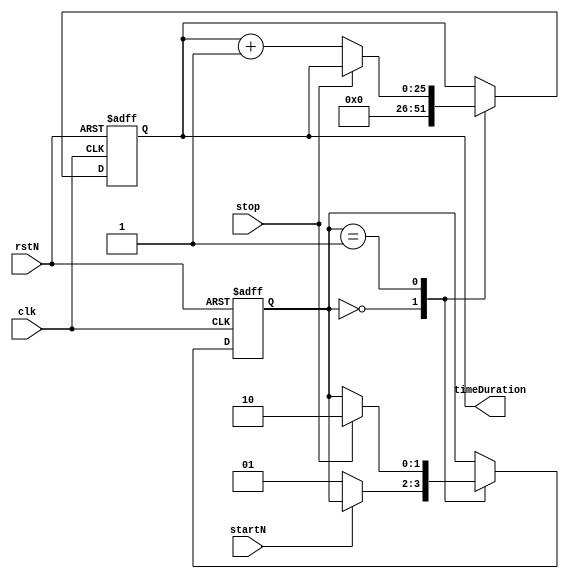
module timeCounter (
    input clk, rstN, startN, stop,
    output [25:0]timeDuration
);
localparam  idle = 2'b0,
            counting = 2'b1,
            countEnd = 2'd2;

reg [25:0]currentTime, nextTime;
reg [1:0]currentState, nextState;

always @(posedge clk or negedge rstN) begin
    if (~rstN) begin
        currentTime <= 26'b0;
        currentState <= idle;
    end
    else begin
        currentTime <= nextTime;
        currentState <= nextState;
    end
end

always @( *) begin
    nextTime = currentTime;
    nextState = currentState;

    case (currentState)
        idle: begin
            nextTime = 26'b0;
            if (~startN) begin
                nextState = counting;
            end
        end

        counting: begin
            if (stop)begin
                nextState = countEnd;
            end
            else begin
                nextTime = currentTime + 26'b1;
            end
        end

        countEnd: begin
            //wait until reset (keep the same count)
        end

    endcase
end

assign  timeDuration = currentTime;

endmodule